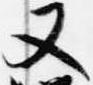
又